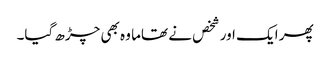
پھر ایک اور شخص نے تھاما وہ بھی چڑھ گیا۔